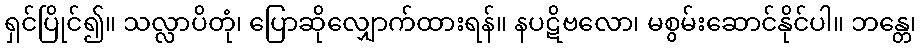
ရှင်ပြိုင်၍။ သလ္လာပိတုံ၊ ပြောဆိုလျှောက်ထားရန်။ နပဋိဗလော၊ မစွမ်းဆောင်နိုင်ပါ။ ဘန္တေ၊